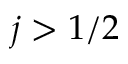
j > 1 / 2